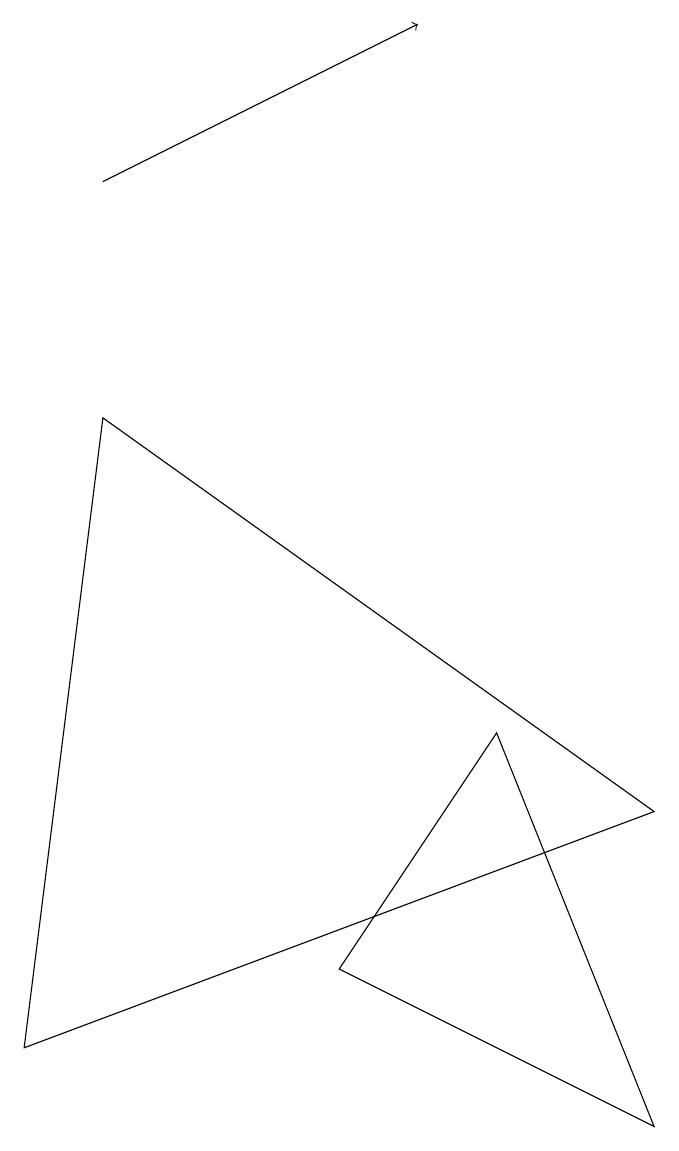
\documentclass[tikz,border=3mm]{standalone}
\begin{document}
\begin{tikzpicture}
\draw (6,5) -- (4,2) -- (8,0) -- cycle;
\draw[->] (1,12) -- (5,14);
\draw (8,4) -- (1,9) -- (0,1) -- cycle;
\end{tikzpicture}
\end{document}